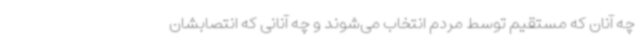
چه آنان که مستقیم توسط مردم انتخاب می‌شوند و چه آنانی که انتصابشان